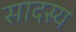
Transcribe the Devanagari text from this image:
सादस्य